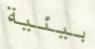
بيئية